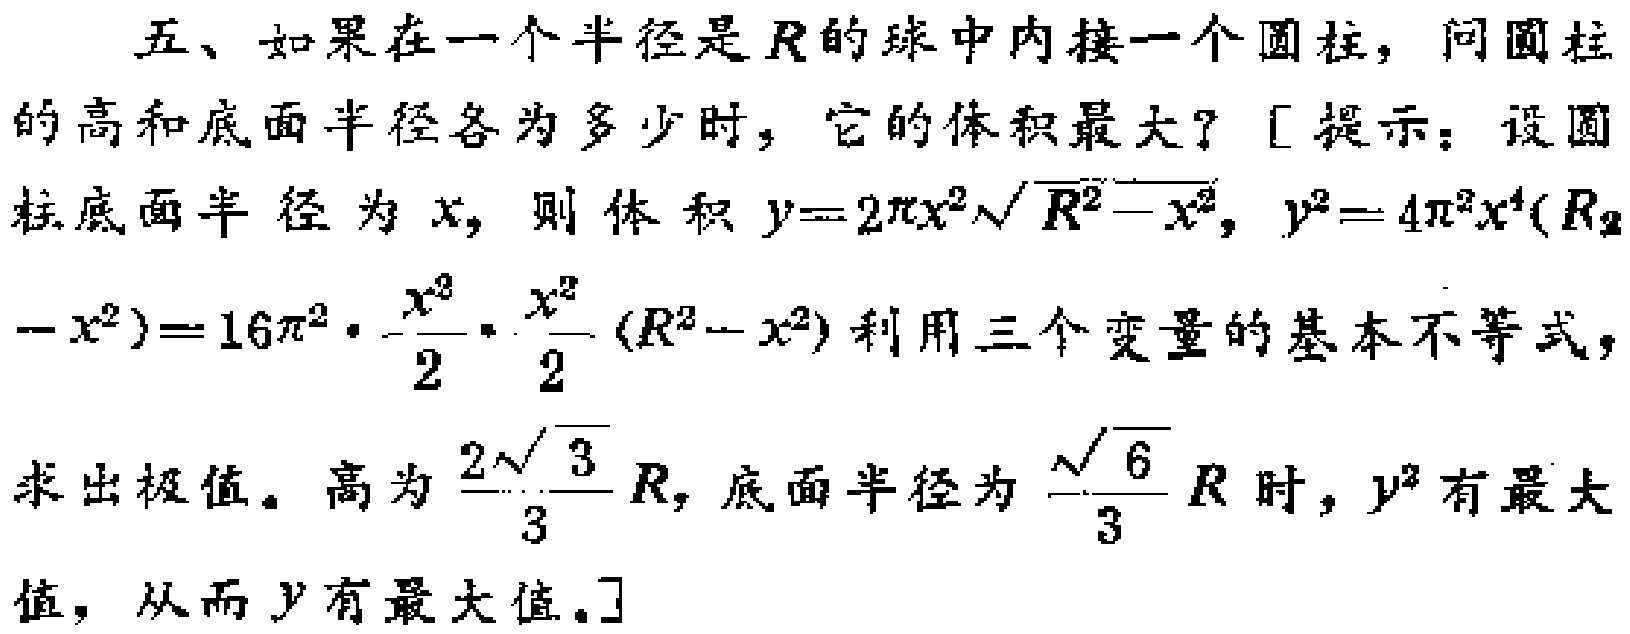
五、如果在一个半径是\(R\)的球中内接一个圆柱，问圆柱的高和底面半径各为多少时，它的体积最大？[提示：设圆柱底面半径为\(x\)，则体积\(y = 2\pi x^{2}\sqrt{R^{2}-x^{2}}\)，\(y^{2}=4\pi^{2}x^{4}(R_{2}-x^{2}) = 16\pi^{2}\cdot\frac{x^{2}}{2}\cdot\frac{x^{2}}{2}(R^{2}-x^{2})\)利用三个变量的基本不等式，求出极值。高为\(\frac{2\sqrt{3}}{3}R\)，底面半径为\(\frac{\sqrt{6}}{3}R\)时，\(y^{2}\)有最大值，从而\(y\)有最大值。]